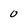
Character: 0